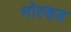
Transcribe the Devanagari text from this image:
मोल्हड